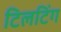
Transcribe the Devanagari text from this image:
टिलटिंग